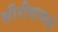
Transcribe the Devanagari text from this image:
सीरीयामध्ये